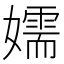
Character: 嬬